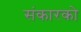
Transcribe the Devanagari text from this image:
संकारको